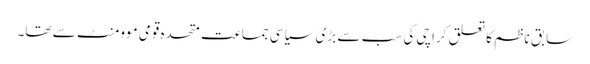
سابق ناظم کا تعلق کراچی کی سب سے بڑی سیاسی جماعت متحدہ قومی موومنٹ سے تھا۔